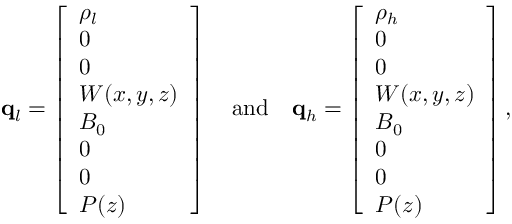
\mathbf { q } _ { l } = \left[ \begin{array} { l } { \rho _ { l } } \\ { 0 } \\ { 0 } \\ { W ( x , y , z ) } \\ { B _ { 0 } } \\ { 0 } \\ { 0 } \\ { P ( z ) } \end{array} \right] \quad \mathrm { a n d } \quad \mathbf { q } _ { h } = \left[ \begin{array} { l } { \rho _ { h } } \\ { 0 } \\ { 0 } \\ { W ( x , y , z ) } \\ { B _ { 0 } } \\ { 0 } \\ { 0 } \\ { P ( z ) } \end{array} \right] ,